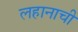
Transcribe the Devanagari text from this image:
लहानाची